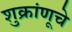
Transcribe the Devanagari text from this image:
शुक्रांणूचे